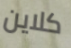
كلاين